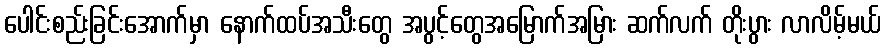
ပေါင်းစည်းခြင်းအောက်မှာ နောက်ထပ်အသီးတွေ အပွင့်တွေအမြောက်အမြား ဆက်လက် တိုးပွား လာလိမ့်မယ်